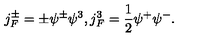
j _ { F } ^ { \pm } = \pm \psi ^ { \pm } \psi ^ { 3 } , j _ { F } ^ { 3 } = \frac { 1 } { 2 } \psi ^ { + } \psi ^ { - } .